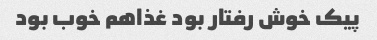
پیک خوش رفتار بود غذاهم خوب بود